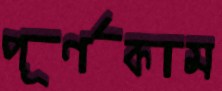
পূর্ণকাম